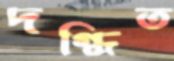
দগ্ধিত